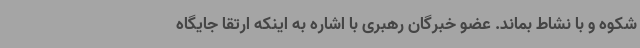
شکوه و با نشاط بماند. عضو خبرگان رهبری با اشاره به اینکه ارتقا جایگاه